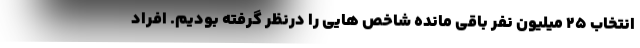
انتخاب ۲۵ میلیون نفر باقی مانده شاخص هایی را درنظر گرفته بودیم. افراد